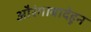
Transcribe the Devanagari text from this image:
औरंगाबादेहून